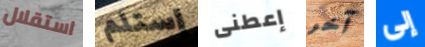
استقلال إستلم إعطنى آخر إلى